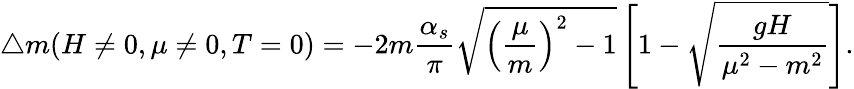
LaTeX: \triangle m(H\ne 0,\mu\ne 0,T=0)=-2m\frac{\alpha_{s}}{\pi}\sqrt{\left(\frac{\mu}m\right)^{2}-1}\left[1-\sqrt{\frac{gH}{\mu^{2}-m^{2}}}\right].